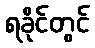
ရခိုင်တွင်